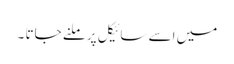
میں اسے سائیکل پر ملنے جاتا ۔